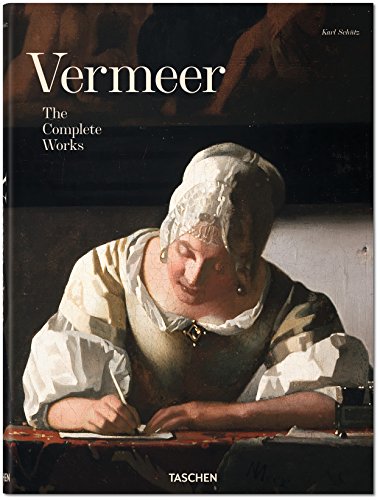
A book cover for Vermeer: The Complete Works; Karl SchÃ¼tz; Arts & Photography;